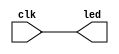
module led(input clk, output led);
	assign led = clk;
endmodule

module pisca;
	wire led;
	reg clk;
	
	led L(clk, led);

	always #2 clk = ~clk;

	initial begin
		$dumpvars(0, L);
		clk = 0;

		#500;
		$finish;
	end
endmodule